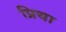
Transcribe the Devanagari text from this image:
प्रिथा